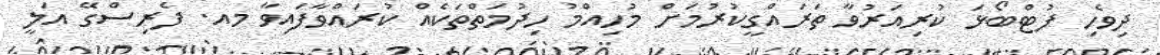
ދިވެހި ފުޓްބޯޅަ ކުރިއަރުވާ ތަރައްގީކުރުމަށް މުހިއްމު ހިދުމަތްތަކެއް ކުރައްވާފައިވާ މއ. ފެރިސްގޭ އަލީ